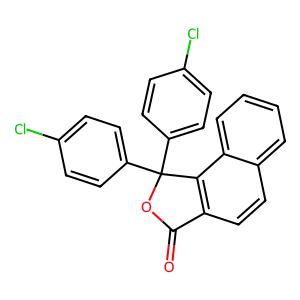
SMILES: O=C1OC(c2ccc(Cl)cc2)(c2ccc(Cl)cc2)c2c1ccc1ccccc21
Inhibits HIV replication: No